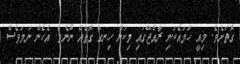
ގޮތަށެވެ. މިއީ ހަމައެކަނި ރާއްޖޭގައި މިކަން ހިނގާ ގޮތެއް ނޫނެވެ. އެހެން ނަމަވެސް